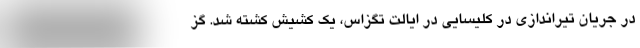
در جریان تیراندازی در کلیسایی در ایالت تگزاس، یک کشیش کشته شد. گز